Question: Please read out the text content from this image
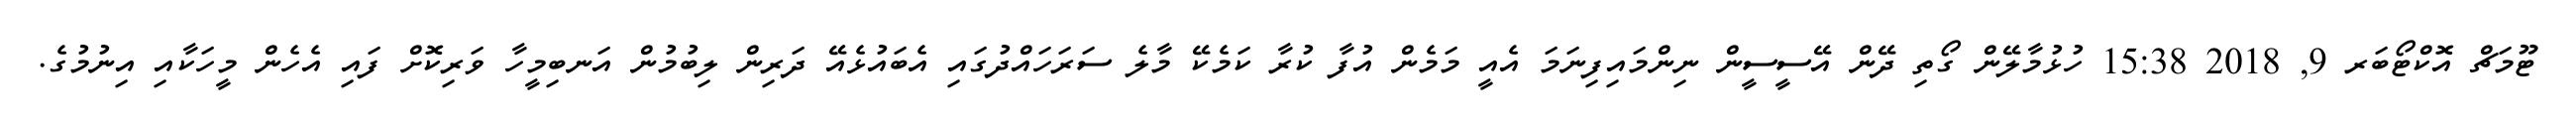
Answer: ޓޫމަޗް އޮކްޓޯބަރ 9, 2018 15:38 ހުޅުމާލޭން ގޯތި ދޭން އޭސީސީން ނިންމައިފިނަމަ އެއީ މަމެން އުފާ ކުރާ ކަމެކޭ މާލެ ސަރަހައްދުގައި އެބައުޅެއޭ ދަރިން ލިބުމުން އަނބިމީހާ ވަރިކޮށް ފައި އެހެން މީހަކާއި އިނުމުގެ.